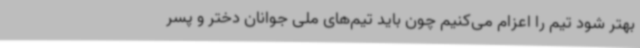
بهتر شود تیم را اعزام می‌کنیم چون باید تیم‌های ملی جوانان دختر و پسر